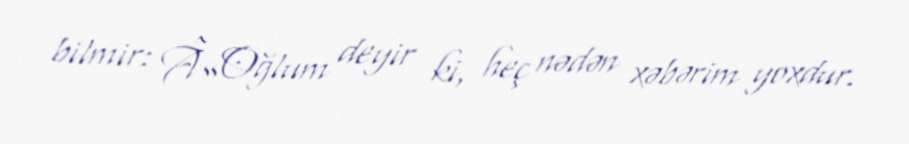
bilmir: Â«Oğlum deyir ki, heç nədən xəbərim yoxdur.